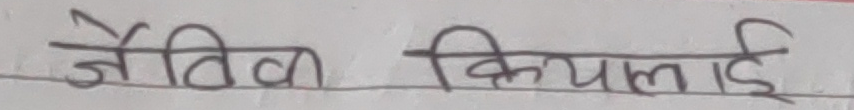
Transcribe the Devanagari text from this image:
नैतिक क्रियाकलाई